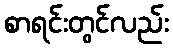
စာရင်းတွင်လည်း